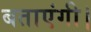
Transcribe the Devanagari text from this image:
बताएंगी।